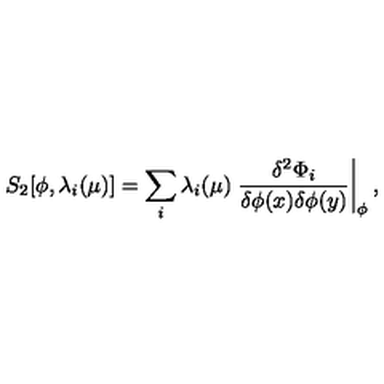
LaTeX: S _ { 2 } [ \phi , \lambda _ { i } ( \mu ) ] = \sum _ { i } \lambda _ { i } ( \mu ) \left. { \frac { \delta ^ { 2 } \Phi _ { i } } { \delta \phi ( x ) \delta \phi ( y ) } } \right| _ { \phi } ,